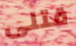
قتلى